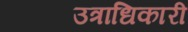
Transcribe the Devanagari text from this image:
उत्राधिकारी